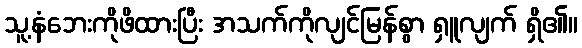
သူ့နံဘေးကိုဖိထားပြီး အသက်ကိုလျင်မြန်စွာ ရှူလျက် ရှိ၏။